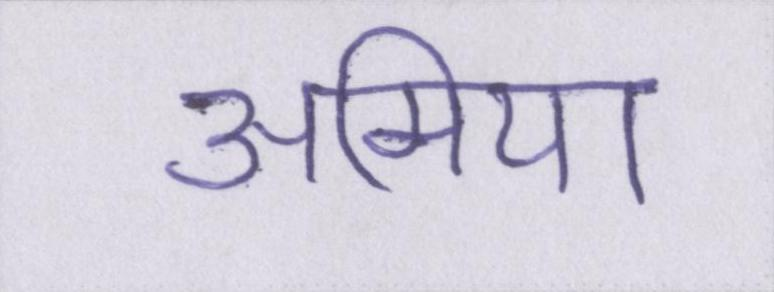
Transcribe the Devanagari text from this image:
अमिया